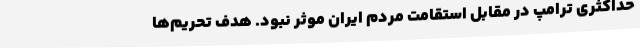
حداکثری ترامپ در مقابل استقامت مردم ایران موثر نبود. هدف تحریم‌ها